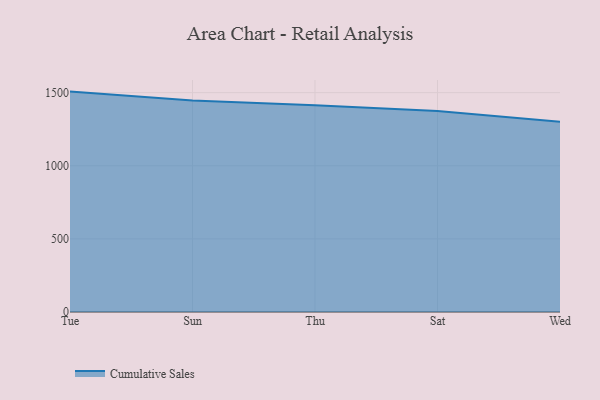
{"axis": {"x": "Day", "y": "Population (Million)"}, "legend": ["Cumulative Sales"], "data": [{"x": "Tue", "y": 1507.3, "type": "Cumulative Sales"}, {"x": "Sun", "y": 1447.0, "type": "Cumulative Sales"}, {"x": "Thu", "y": 1414.0, "type": "Cumulative Sales"}, {"x": "Sat", "y": 1375.3, "type": "Cumulative Sales"}, {"x": "Wed", "y": 1301.5, "type": "Cumulative Sales"}]}